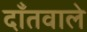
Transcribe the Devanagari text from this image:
दाँतवाले